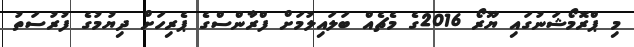
މި ޕްރޮމޯޝަނުގައި ޔޫރޯ 2016ގެ މެޗެއް ބަލައިލުމަށް ފްރާންސްގެ ޕެރިހަށް ދިޔުމުގެ ފުރުސަތު